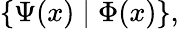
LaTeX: \{ \Psi(x)\mid\Phi(x)\} ,